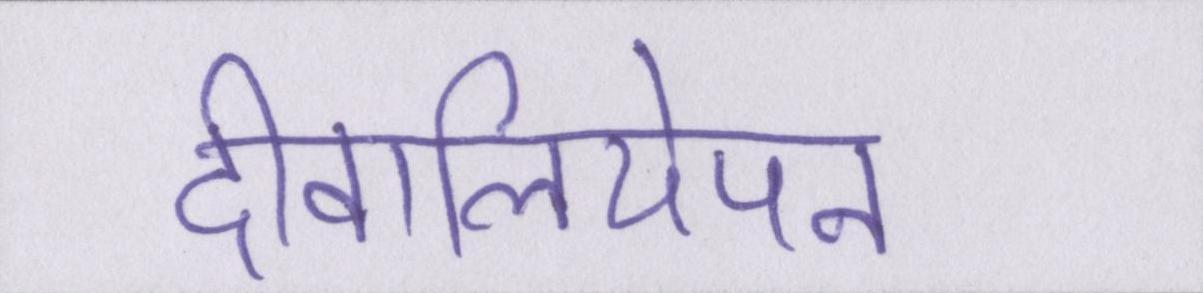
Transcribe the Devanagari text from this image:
दीवालियेपन